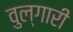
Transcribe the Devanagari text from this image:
वुल्गारी